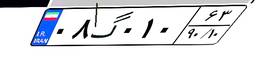
۰۸گ۰۱۰۶۳